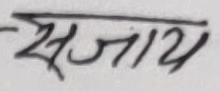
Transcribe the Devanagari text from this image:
सजाय